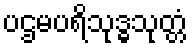
ပဌမပရိသုဒ္ဓသုတ္တံ